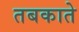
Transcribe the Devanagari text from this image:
तबकाते